Vaccination United Provinces of Agra and Oudh 1914-1922 - 1914-1922
Year: 1914
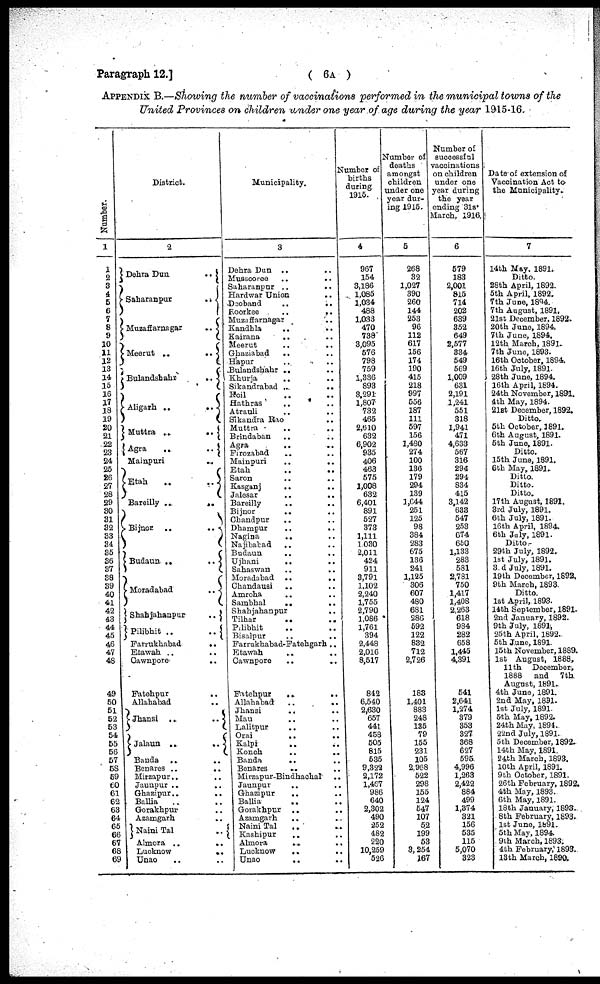
Paragraph 12.]
( 6A )
APPENDIX B.—Showing the number of vaccinations performed in the municipal towns of the
United Provinces on children under one year of age during the year 1915-16.
Number.
1
1
2
3
4
5
6
7
8
9
10
11
12
13 14
15
16
17
18
19
20
21
22
23
24
25
26
27
28
29
30
31
32
33
34
35
36
37
38
39
40
41
42
43
44
45
46
47
48
49
50
51
52
53
54
55
56
57
58
59
60 61
62
63
64
65
66
67
68
69
District.
2
Dehra Dun
..
Saharanpur
..
Muzaffarnagar
..
Meerut ..
..
Bulandshahr
..
Aligarh ..
..
Muttra ..
..
Agra
..
..
Mainpuri ..
Etah
..
..
Bareilly ..
..
Bijnor
..
..
Budaun ..
..
Moradabad
..
Shahjahanpur
..
Pilibhit ..
..
Farrukhabad
..
Etawah .. ..
Cawnpore
..
Fatehpur ..
Allahabad ..
Jhansi ..
..
Jalaun ..
..
Banda .. ..
Benares ..
..
Mirzapur.. ..
Jaunpur .. ..
Ghazipur..
..
Ballia .. ..
Gorakhpur ..
Azamgarh ..
Naini Tal ..
Almora ..
..
Lucknow
..
Unao .. ..
Municipality.
3
Dehra Dun ..
Mussooree
..
..
Saharanpur .. ..
Hardwar Union
Deoband
..
..
Roorkee
..
..
Muzaffarnagar ..
Kandhla ..
Kairana
.. ..
Meerut
..
..
Ghaziabad
.. ..
Hapur .. ..
Bulandshahr .. ..
Khurja
.. ..
Sikandrabad ..
..
Koil .. ..
Hathras .. ..
Atrauli .. ..
Sikandra Rao ..
Muttra
..
..
Brindaban .. ..
Agra .. ..
Firozabad .. ..
Mainpuri
..
..
Etah .. ..
Saron .. ..
Kasganj
..
..
Jalesar
..
..
Bareilly .. ..
Bijnor .. ..
Chandpur .. ..
Dhampur
..
..
Nagina
.. ..
Najibabad
..
..
Budaun .. ..
Ujhani .. ..
Sahaswan .. ..
Moradabad ..
..
Chandausi
.. ..
Amroha .. ..
Sambhal
..
..
Shahjahanpur
..
Tilhar .. ..
Pilibhit ..
Bisalpur
..
..
Farrukhabad-Fatehgarh ..
Etawah .. ..
Cawnpore
..
Fatehpur
..
..
Allahabad
..
..
Jhansi .. ..
Mau .. ..
Lalitpur .. ..
Oral
.. ..
Kalpi
..
..
Konch .. ..
Banda
.. ..
Benares
.. ..
Mirzapur-Bindhachal ..
Jaunpur .. ..
Ghazipur
.. ..
Ballia
..
..
Gorakhpur .. ..
Azamgarh .. ..
Naini Tal .. ..
Kashipur .. ..
Almora
..
..
Lucknow
.. ..
Unao
.. ..
Number of
births
during
1915.
4
967
154
3,186
1,085
1,034
488
1,033
470
738
3,095
576
798
759
1,336
893
3,291
1,807
732
465
2,610
632
6,902
935
406
463
575
1,008
632
6,401
891
527
373
1,111
1,030
2,011
424
911
3,791
1,102
2,240
1,755
2,790
1,086
1,761
394
2,448
2,016
8,517
842
6,540
2,630
657
441
458
505
815
535
9,322
2,172
1,467
986
640
2,302
490
252
482
220
10,259
526
Number of
deaths
amongst
children
under one
year dur-
ing 1915.
5
268
32
1,027
390
260
144
253
96
112
617
156
174
190
415
218
997
556
187
111
597
156
1,480
274
100
136
179
294
139
1,644
251
125
98
384
283
675
136
241
1,125
306
607
480
681
286
592
122
832
712
2,726
183
1,401
883
248
135
79
155
231
105
2,968
522
298
155
124
547
107
52
199
53
3,254
167
Number of
successful
vaccinations
on children
under one
year during
the year
ending 31st
March, 1916.
6
579
183
2,001
815
714
202
639
352
649
2,577
334
549
569
1,009
631
2,191
1,241
551
318
1,941
471
4,633
567
316
294
294
834
415
3,142
633
547
253
674
650
1,133
283
581
2,781
750
1,417
1,408
2,263
618
984
282
658
1,445
4,391
541
2,641
1,274
379
353
327
368
627
595
4,996
1,263
2,422
884
499
1,374
321
156
535
115
5,070
323
Date of extension of
Vaccination Act to
the Municipality.
7
14th May, 1891.
Ditto.
28th April, 1892.
5th April, 1892.
7th June, 1894.
7th August, 1891.
21st December, 1892.
20th June, 1894.
7th June, 1894.
12th March, 1891.
7th June, 1893.
16th October, 1894.
16th July, 1891.
28th June, 1894.
16th April, 1894.
24th November, 1891.
4th May, 1894.
21st December, 1892.
Ditto.
5th October, 1891.
6th August, 1891.
5th June, 1891.
Ditto.
15th June, 1891.
6th May, 1891.
Ditto.
Ditto.
Ditto.
17th August, 1891.
3rd July, 1891.
6th July, 1891.
16th April, 1894.
6th July, 1891.
Ditto.
29th July, 1892.
1st July, 1891.
3rd July, 1891.
19th December, 1892.
9th March, 1893.
Ditto.
1st April, 1893.
14th September, 1891.
2nd January, 1892.
9th July, 1891,
25th April, 1892.
5th June, 1891.
15th November, 1889.
1st August, 1888,
11th December,
1888 and
7th
August, 1891.
4th June, 1891.
2nd May, 1891.
1st July, 1891.
5th May, 1892.
24th May, 1894.
22nd July, 1891.
5th December, 1892.
14th May, 1891.
24th March, 1893.
10th April, 1891.
9th October, 1891.
26th February, 1892.
4th May, 1893.
6th May, 1891.
18th January, 1893.
8th February, 1893.
1st June, 1891.
5th May, 1894.
9th March, 1893.
4th February, 1893.
13th March, 1890.